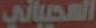
السحيباني